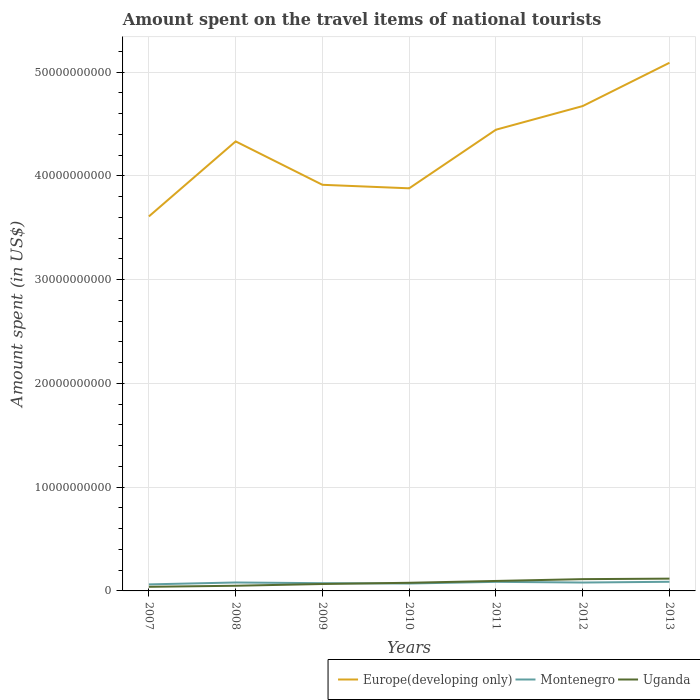
| Years | Europe(developing only) | Montenegro | Uganda |
 | --- | --- | --- | --- |
 | 2007 | 3.61e+10 | 6.3e+08 | 3.98e+08 |
 | 2008 | 4.33e+10 | 8.13e+08 | 4.98e+08 |
 | 2009 | 3.91e+10 | 7.45e+08 | 6.67e+08 |
 | 2010 | 3.88e+10 | 7.13e+08 | 7.84e+08 |
 | 2011 | 4.44e+10 | 8.75e+08 | 9.6e+08 |
 | 2012 | 4.67e+10 | 8.09e+08 | 1.14e+09 |
 | 2013 | 5.09e+10 | 8.8e+08 | 1.18e+09 |